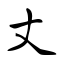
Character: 丈